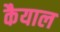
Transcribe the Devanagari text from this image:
कैयाल